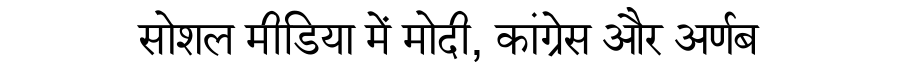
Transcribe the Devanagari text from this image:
सोशल मीडिया में मोदी, कांग्रेस और अर्णब